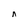
Character: n